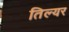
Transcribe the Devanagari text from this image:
तिल्यर